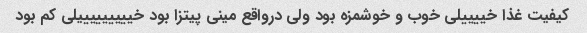
کیفیت غذا خییییلی خوب و خوشمزه بود ولی درواقع مینی پیتزا بود خیییییییییلی کم بود